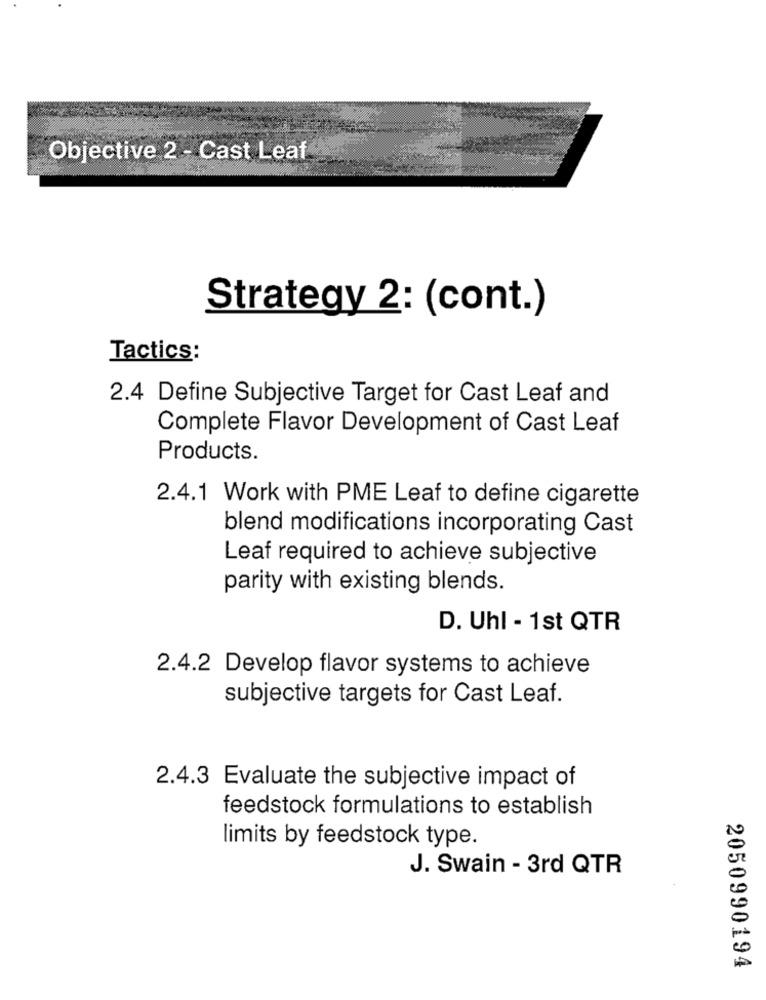
Objective 2 - Cast Leaf
Strategy 2: (cont.)
Tactics:
2.4 Define Subjective Target for Cast Leaf and
Complete Flavor Development of Cast Leaf
Products.
2.4.1 Work with PME Leaf to define cigarette
blend modifications incorporating Cast
Leaf required to achieve subjective
parity with existing blends.
D. Uhl - 1st QTR
2.4.2 Develop flavor systems to achieve
subjective targets for Cast Leaf.
2.4.3 Evaluate the subjective impact of
feedstock formulations to establish
limits by feedstock type.
J. Swain - 3rd QTR
2050990194